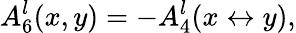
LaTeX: A_{6}^{l}(x,y)=-A_{4}^{l}(x\leftrightarrow y),